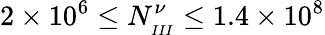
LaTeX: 2\times 10^{6}\leq N_{_{III}}^{\nu}\leq 1.4\times 10^{8}